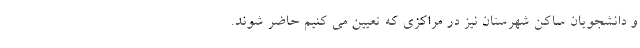
و دانشجویان ساکن شهرستان نیز در مراکزی که تعیین می کنیم حاضر شوند.